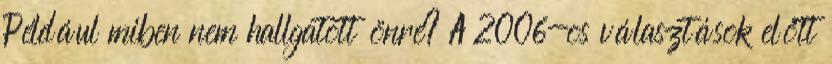
Például miben nem hallgatott önre? A 2006-os választások előtt